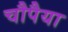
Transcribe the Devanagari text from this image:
चौपैया